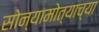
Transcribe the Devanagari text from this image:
सोन्यामोत्याच्या